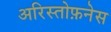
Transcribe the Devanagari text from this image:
अरिस्तोफ़नेस